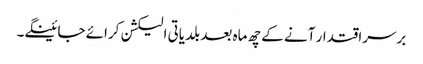
برسراقتدار آنے کے چھ ماہ بعد بلدیاتی الیکشن کرائے جائینگے۔